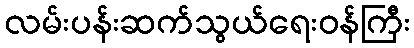
လမ်းပန်းဆက်သွယ်ရေးဝန်ကြီး